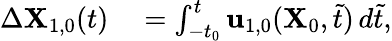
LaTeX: \begin{array}{rl}{\Delta\mathbf{X}_{1,0}(t)}&{{}=\int_{-t_{0}}^{t}\mathbf{u}_{1,0}(\mathbf{X}_{0},\tilde{t})\, d\tilde{t},}\end{array}